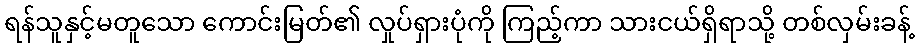
ရန်သူနှင့်မတူသော ကောင်းမြတ်၏ လှုပ်ရှားပုံကို ကြည့်ကာ သားငယ်ရှိရာသို့ တစ်လှမ်းခန့်